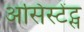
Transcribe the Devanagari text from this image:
असिस्टेंट्स